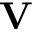
\mathbf { V }